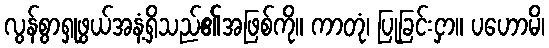
လွန်စွာရှုဖွယ်အနံ့ရှိသည်၏အဖြစ်ကို။ ကာတုံ၊ ပြုခြင်းငှာ။ ပဟောမိ၊